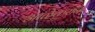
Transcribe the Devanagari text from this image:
आळेकरांना